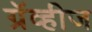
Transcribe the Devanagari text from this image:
ग्रॅव्हीज